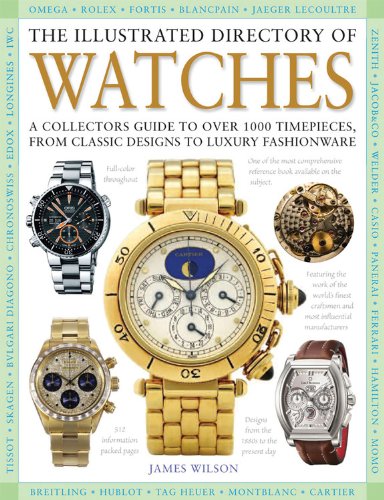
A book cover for The Illustrated Directory of Watches: A Collectors Guide to Over 1000 Timepieces, from Classic Designs to Luxury Fashionware; James Wilson; Crafts, Hobbies & Home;